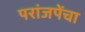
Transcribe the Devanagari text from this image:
परांजपेंचा